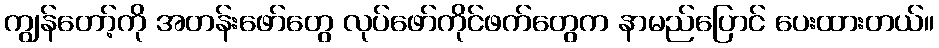
ကျွန်တော့်ကို အတန်းဖော်တွေ လုပ်ဖော်ကိုင်ဖက်တွေက နာမည်ပြောင် ပေးထားတယ်။